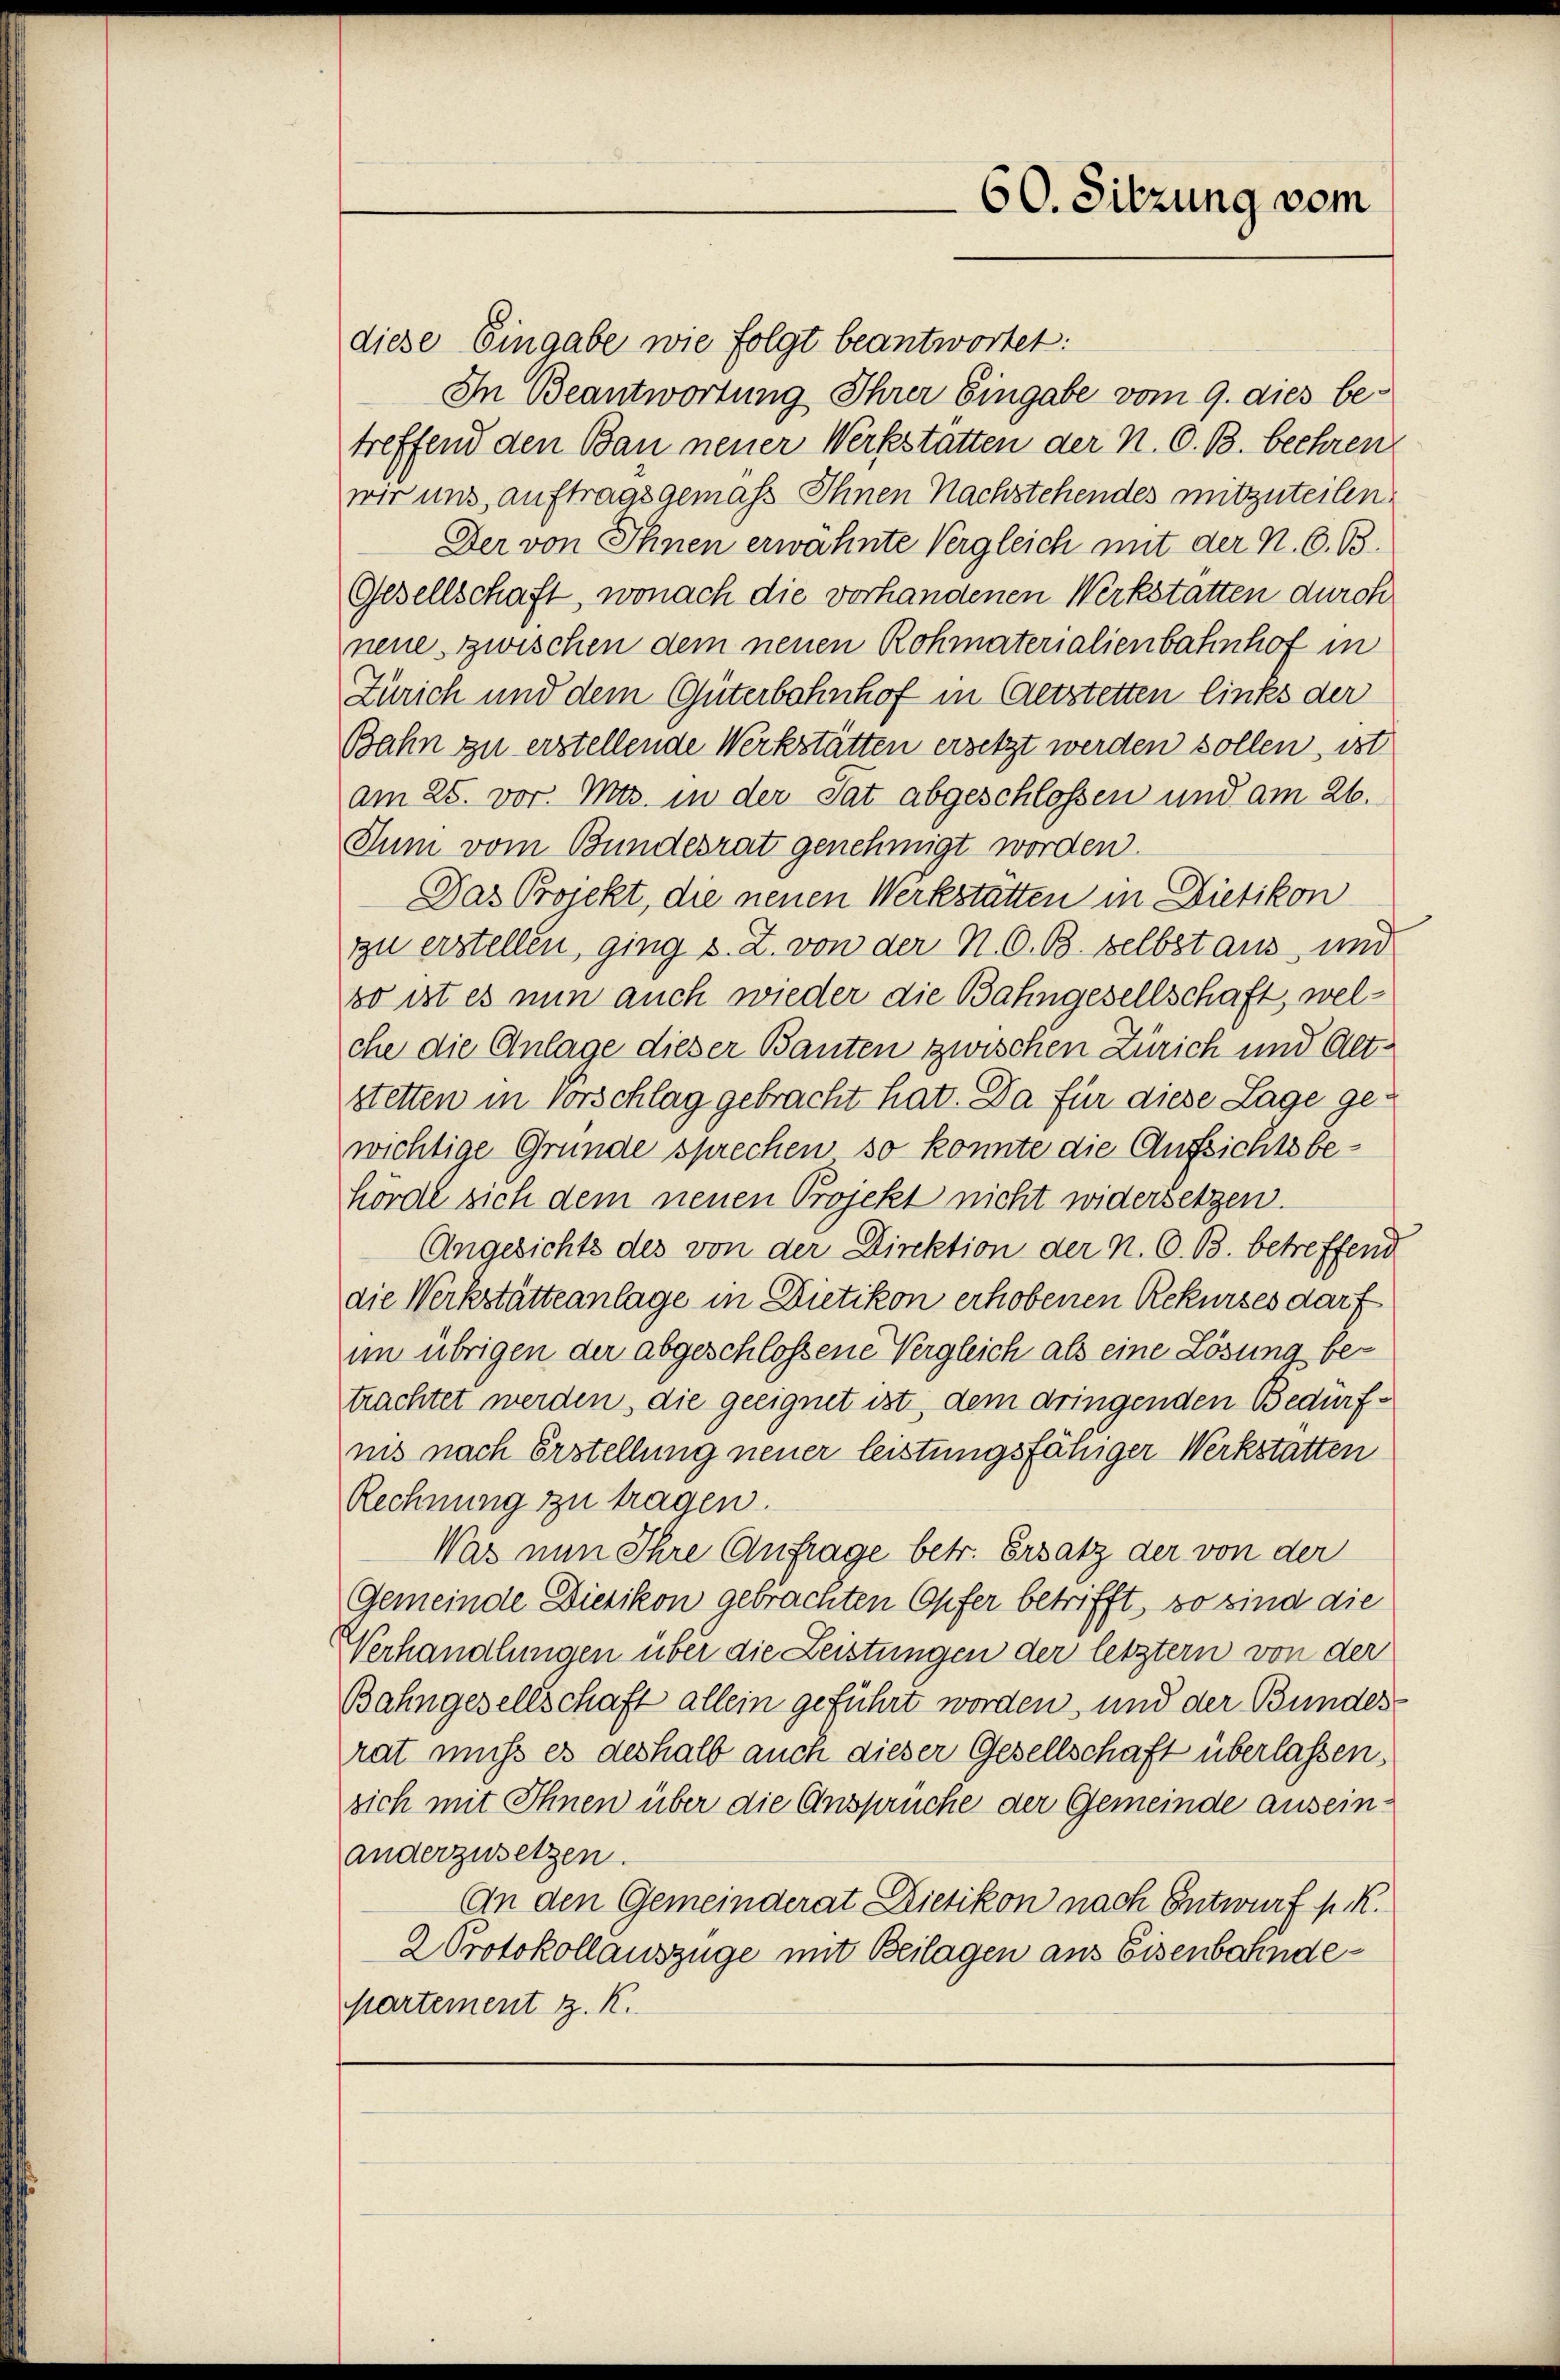
60. Sitzung vom

diese Eingabe wie folgt beantwortet:
In Beantwortung Ihrer Eingabe vom 9. dies betreffend den Bau neuer Werkstätten der N. O. B. beehren
wir uns, auftragsgemaß Ihnen Nachstehendes mitzuteilen.
Der von Ihnen erwähnte Vergleich mit der N. O. B.
Gesellschaft, wonach die vorhandenen Werkstatten durch
neue zwischen dem neuen Rohmaterialienbahnhof in
Zürich und dem Güterbahnhof in Altstetten links der
Bahn zu erstellende Werkstätten ersetzt werden sollen, ist
am 25. vor. Mts. in der Tat abgeschlossen und am 26.
Sum vom Bundesrat genehmigt worden.
Das Projekt, die neuen Werkstätten in Dietikon
zu erstellen, ging s. Z. von der N. O. B. selbst aus, und
so ist es nun auch wieder die Bahngesellschaft, welche die Anlage dieser Bauten zwischen Zürich und Altstetten in Vorschlag gebracht hat. Da für diese Lage gewichtige Gründe sprechen so konnte die Aufsichtsbehörde sich dem neuen Projekt nicht widersetzen.
Angesichts des von der Direktion der N. O. B. betreffend
die Werkstätteanlage in Dietikon erhobenen Rekurses darf
im übrigen der abgeschlossene Vergleich als eine Lösung betrachtet werden, die geeignet ist, dem dringenden Bedürfnis nach Erstellung neuer leistungsfähiger Werkstatten
Rechnung zu tragen.
Was nun Ihre Anfrage betr. Ersatz der von der
Gemeinde Diezikon gebrachten Opfer betrifft, so sind die
Verhandlungen über die Leistungen der letztern von der
Bahngesellschaft allein geführt worden, und der Bundes
rat muss es deshalb auch dieser Gesellschaft überlassen,
sich mit Ihnen über die Ansprüche der Gemeinde auseinanderzusetzen.
An den Gemeinderat Dietikon nach Entwurf p. K.
2 Protokollauszüge mit Beilagen aus Eisenbahndepartement z. K.